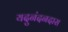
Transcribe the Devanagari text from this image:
यदुनंदनदास